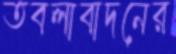
তবলাবাদনের